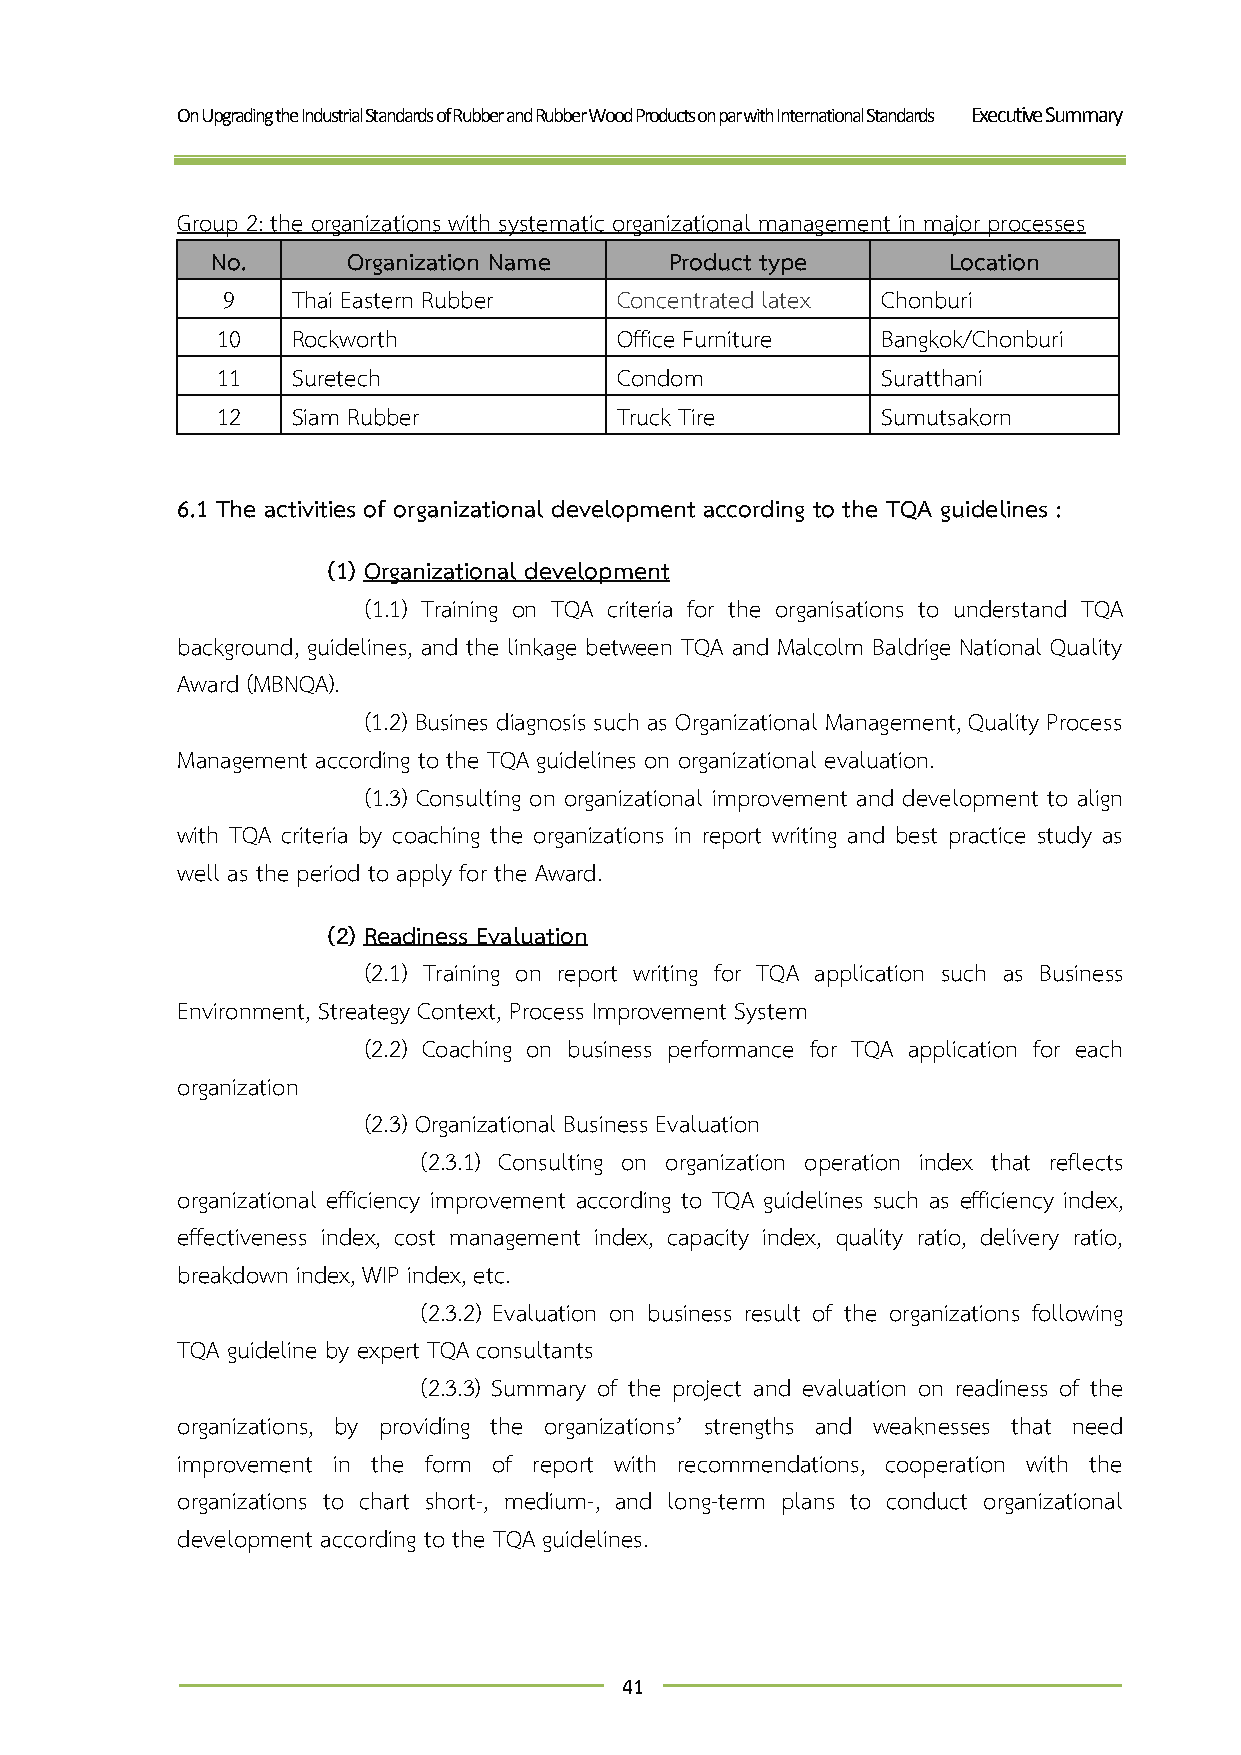
On Upgrading the Industrial Standards of Rubber and Rubber Wood Products on par with International Standards Executive Summary
 Group 2: the organizations with systematic organizational management in major processes
 No.      Organization Name    Product type       Location
 9   Thai Eastern Rubber   Concentrated latex Chonburi
 10   Rockworth             Office Furniture Bangkok/Chonburi
 11   Suretech              Condom           Suratthani
 12   Siam Rubber           Truck Tire       Sumutsakorn
 6.1 The activities of organizational development according to the TQA guidelines :
 (1) Organizational development
 (1.1) Training on TQA criteria for the organisations to understand TQA
 background, guidelines, and the linkage between TQA and Malcolm Baldrige National Quality
 Award (MBNQA).
 (1.2) Busines diagnosis such as Organizational Management, Quality Process
 Management according to the TQA guidelines on organizational evaluation.
 (1.3) Consulting on organizational improvement and development to align
 with TQA criteria by coaching the organizations in report writing and best practice study as
 well as the period to apply for the Award.
 (2) Readiness Evaluation
 (2.1) Training on report writing for TQA application such as Business
 Environment, Streategy Context, Process Improvement System
 (2.2) Coaching on business performance for TQA application for each
 organization
 (2.3) Organizational Business Evaluation
 (2.3.1) Consulting on organization operation index that reflects
 organizational efficiency improvement according to TQA guidelines such as efficiency index,
 effectiveness index, cost management index, capacity index, quality ratio, delivery ratio,
 breakdown index, WIP index, etc.
 (2.3.2) Evaluation on business result of the organizations following
 TQA guideline by expert TQA consultants
 (2.3.3) Summary of the project and evaluation on readiness of the
 organizations, by providing the organizations’ strengths and weaknesses that need
 improvement in the form of report with recommendations, cooperation with the
 organizations to chart short-, medium-, and long-term plans to conduct organizational
 development according to the TQA guidelines.
 41